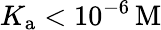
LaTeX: K_{\mathrm{a}}<10^{-6}\, \mathrm{M}